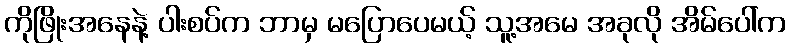
ကိုဖြိုးအနေနဲ့ ပါးစပ်က ဘာမှ မပြောပေမယ့် သူ့အမေ အခုလို အိမ်ပေါ်က